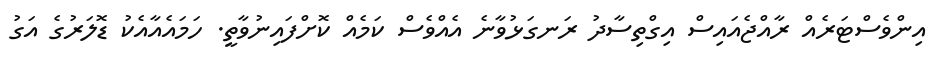
އިންވެސްޓަރެއް ރާއްޖެއައިސް އިގްތިސާދު ރަނގަޅުވާނެ އެއްވެސް ކަމެއް ކޮށްފައިނުވާތީ. ހަމައެއާއެކު ޑޮލަރުގެ އަގު